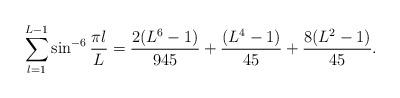
LaTeX: \begin{align*}\sum_{l=1}^{L-1} \sin^{-6} {\pi l\over L}={2 (L^6 - 1) \over 945}+{(L^4 - 1) \over 45} + {8 (L^2 - 1) \over 45}. \end{align*}